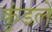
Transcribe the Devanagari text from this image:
कुंडलें